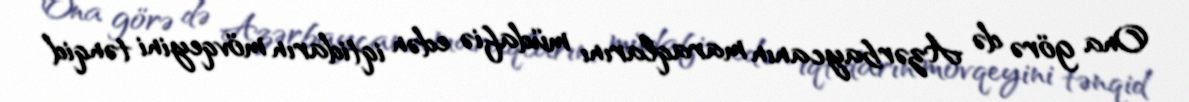
Ona görə də Azərbaycanın maraqlarını müdafiə edən iqtidarın mövqeyini tənqid